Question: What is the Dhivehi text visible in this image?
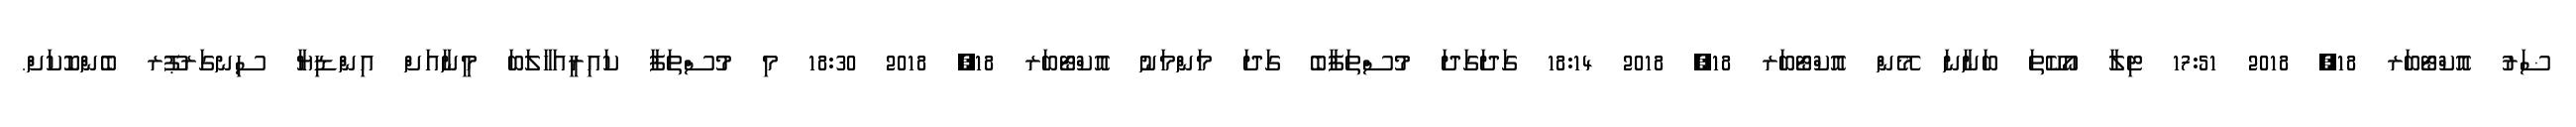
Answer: ޟަރު އޮކްޓޯބަރ 18, 2018 17:51 ޓިލާ އޯކޭތަ ބަނާނަ މޭން އޮކްޓޯބަރ 18, 2018 18:14 ގަދަގަދަ މުސްތަފާބެ ގަދަ މަންމަނު އޮކްޓޯބަރ 18, 2018 18:30 މި މުސްތަފާ ކައިރީއަހާލަބަ މީނާއަށް އިންޑިޔާ ސިނގަރޕޫރ ބެންކޮކަށް.